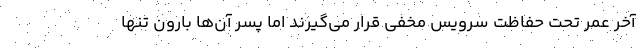
آخر عمر تحت حفاظت سرویس مخفی قرار می‌گیرند اما پسر آن‌ها بارون تنها